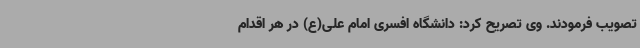
تصویب فرمودند. وی تصریح کرد: دانشگاه افسری امام علی(ع) در هر اقدام